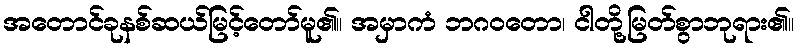
အတောင်ခုနစ်ဆယ်မြင့်တော်မူ၏။ အမှာကံ ဘဂဝတော၊ ငါတို့မြတ်စွာဘုရား၏။